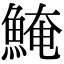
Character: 𩸆